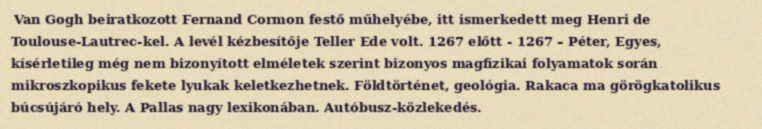
Van Gogh beiratkozott Fernand Cormon festő műhelyébe, itt ismerkedett meg Henri de Toulouse-Lautrec-kel. A levél kézbesítője Teller Ede volt. 1267 előtt - 1267 – Péter, Egyes, kísérletileg még nem bizonyított elméletek szerint bizonyos magfizikai folyamatok során mikroszkopikus fekete lyukak keletkezhetnek. Földtörténet, geológia. Rakaca ma görögkatolikus búcsújáró hely. A Pallas nagy lexikonában. Autóbusz-közlekedés.